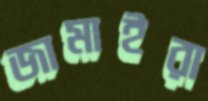
জামাইরা